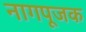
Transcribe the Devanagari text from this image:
नागपूजक